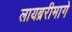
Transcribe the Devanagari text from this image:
लायब्ररीमागे